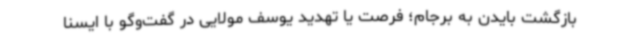
بازگشت بایدن به برجام؛ فرصت یا تهدید یوسف مولایی در گفت‌وگو با ایسنا